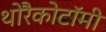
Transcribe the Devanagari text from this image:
थोरैकोटॉमी